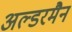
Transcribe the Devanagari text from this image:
अल्डरमैन